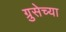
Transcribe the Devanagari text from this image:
ग्रुसेच्या